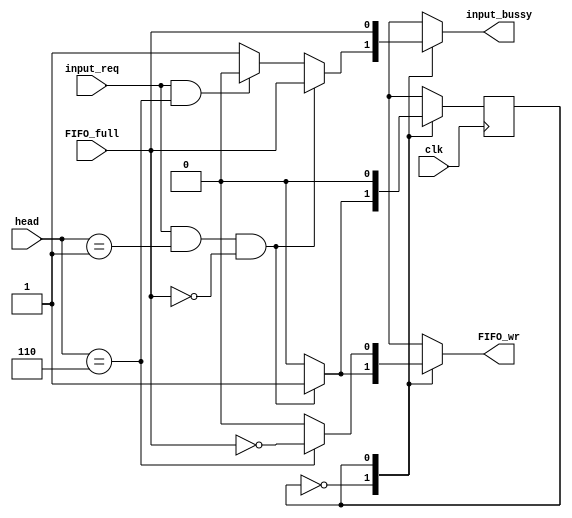
module i1_router_FIFO_wrctrl(
	clk,
	input_req,
	head,
	input_bussy,
	FIFO_full,
	FIFO_wr);
	
input clk;
input input_req;
input [2:0] head;
input FIFO_full;
output reg input_bussy;
output reg FIFO_wr;

reg state_c;
reg state_n;

parameter idle = 1'b0;
parameter port_act = 1'b1;

parameter head_flit = 3'b001;

initial
begin
state_c=idle;
end

always@(posedge clk) 
begin
state_c<=state_n;
end

always@(*)
begin
case(state_c)
	idle:
		begin
		if(input_req&&(head==head_flit)&&(~FIFO_full)) state_n=port_act;
		else state_n=state_c;
		end
	port_act:begin state_n=idle;end
endcase
end

always@(*)
begin
case(state_c)
	idle:
		begin
		if(input_req&&(head==head_flit)&&(~FIFO_full))
		begin
			FIFO_wr=1;
			input_bussy=FIFO_full;
		end
		else if(input_req&&(head==3'b110))
		begin
			FIFO_wr=0;
			input_bussy=0;
		end
		else 
		begin
			FIFO_wr=0;
			input_bussy=1;
		end
		end
	port_act:
		begin
		FIFO_wr=(head==3'b110)?(!FIFO_full):0;
		input_bussy=FIFO_full;
		end
endcase
end

endmodule